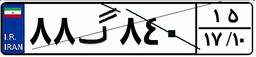
۸۸گ۸۴۰۱۵